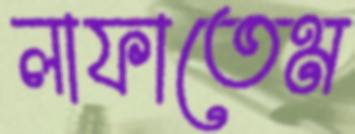
লাফাতেম